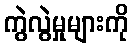
ကွဲလွဲမှုများကို